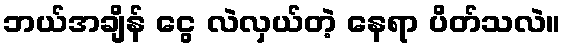
ဘယ်အချိန် ငွေ လဲလှယ်တဲ့ နေရာ ပိတ်သလဲ။